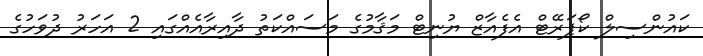
ކައުންސިލް ކޯޕަރޭޓް އެފެއާޒް ޔުނިޓް މަޤާމުގެ މަސައްކަތު ދާއިރާއެއްގައި 2 އަހަރު ދުވަހުގެ